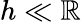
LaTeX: h\ll\mathbb{R}